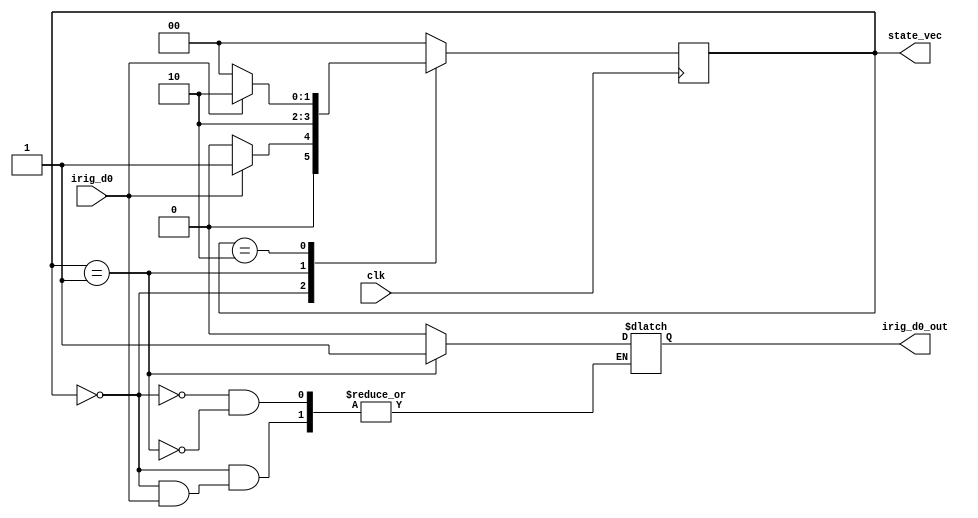
module single_clk_fsm(
    input irig_d0,
    input clk,
    output reg irig_d0_out,
    output [1:0] state_vec
    );
    
    localparam [1:0] S0 = 2'b00,
                     S1 = 2'b01,
                     S2 = 2'b10;
                     
    reg [1:0] state_reg,state_next;
    
    always@(posedge clk)
    begin 
      state_reg <= state_next;
    end
    
    always@(*)
    begin
       case(state_reg)
            S0: if(irig_d0)
                begin
                   state_next = S1;
                end
                else
                begin
                   state_next = S0;
                   irig_d0_out = 1'b0;
                end
             S1:begin 
                irig_d0_out = 1'b1;
                state_next = S2;
                 end
             S2:if(irig_d0)
                begin
                 state_next = S2;
                end
                else
                begin
                  state_next = S0;
                end 
              default: state_next = S0;        
       endcase
    end
    
    assign state_vec = state_reg;
endmodule